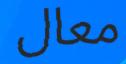
معال